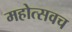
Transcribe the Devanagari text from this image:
महोत्सवच